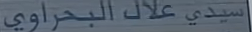
سيدي_علاء_البحراوي